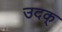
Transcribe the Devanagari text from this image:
उदक्